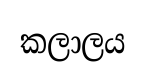
කලාලය